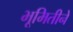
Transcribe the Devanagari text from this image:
भूमितीने